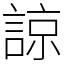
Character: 諒